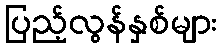
ပြည့်လွန်နှစ်များ